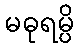
မဓုရမ္ပိ